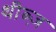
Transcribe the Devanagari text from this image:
थीब्ज़